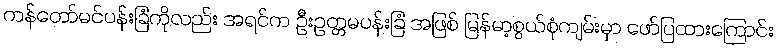
ကန်တော်မင်ပန်းခြံကိုလည်း အရင်က ဦးဥတ္တမပန်းခြံ အဖြစ် မြန်မာ့စွယ်စုံကျမ်းမှာ ဖော်ပြထားကြောင်း